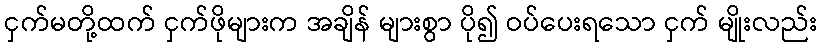
ငှက်မတို့ထက် ငှက်ဖိုများက အချိန် များစွာ ပို၍ ဝပ်ပေးရသော ငှက် မျိုးလည်း